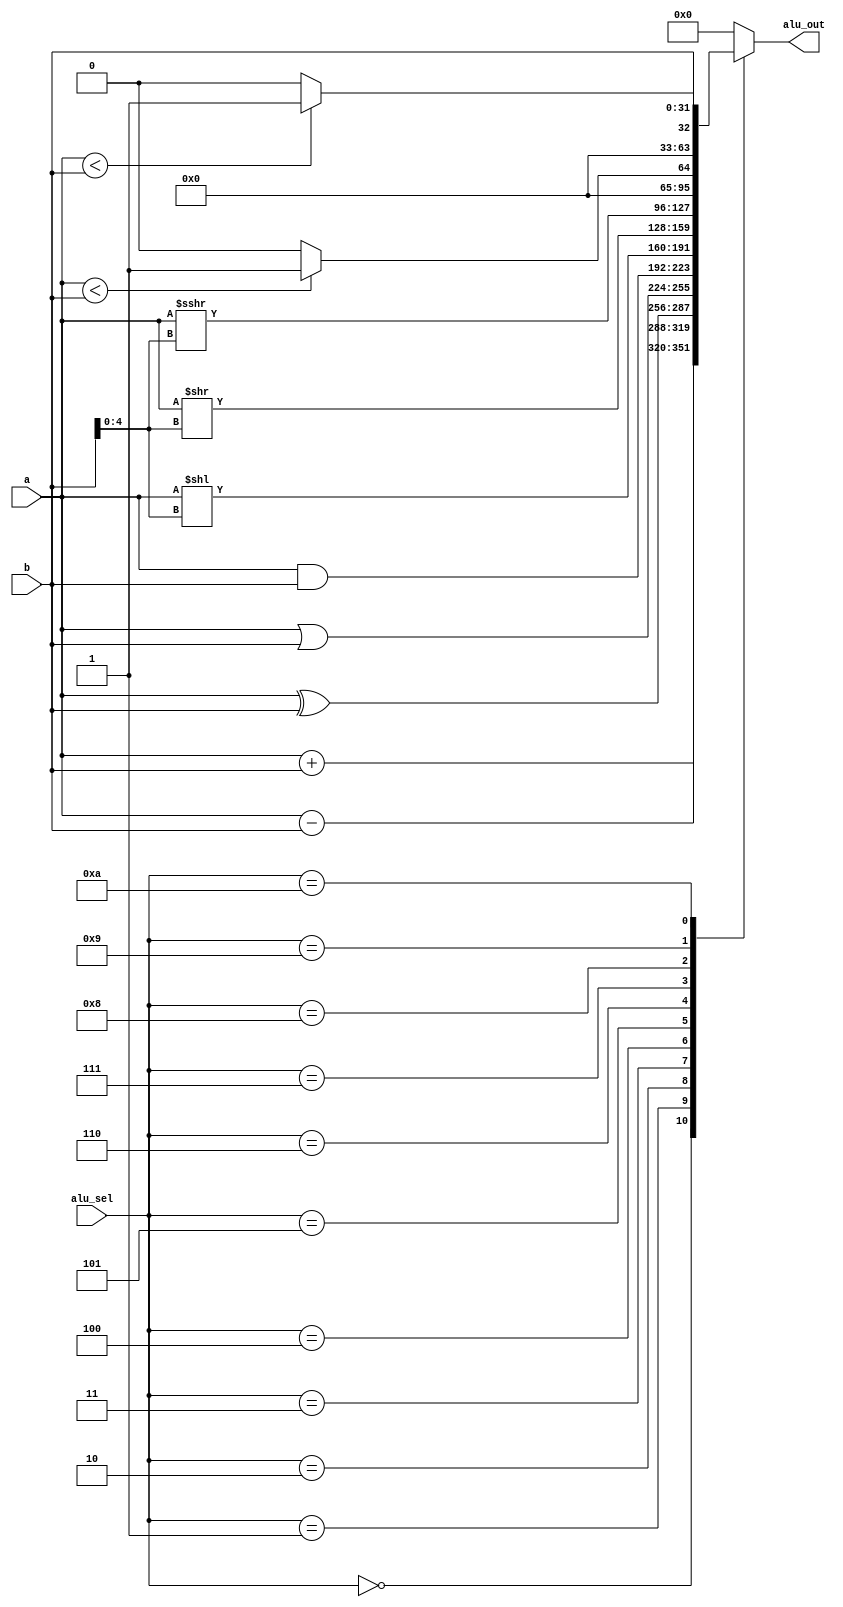
`timescale 1ns / 1ps
//////////////////////////////////////////////////////////////////////////////////
// Company: 
// Engineer: 
// 
// Design Name: 
// Module Name: alu
// Project Name: 
// Target Devices: 
// Tool Versions: 
// Description: 
// 
// Dependencies: 
// 
// Revision:
// Revision 0.01 - File Created
// Additional Comments:
// 
//////////////////////////////////////////////////////////////////////////////////


module alu(
    input [31:0] a,b,
    input [3:0] alu_sel,
    output reg [31:0] alu_out
    );
    
    always @(*)begin
    case(alu_sel)
    4'b0000: alu_out = a + b;        //add
    4'b0001: alu_out = a - b;        //sub
    4'b0010: alu_out = a ^ b;        //xor
    4'b0011: alu_out = a | b;        //or
    4'b0100: alu_out = a & b;        //and
    4'b0101: alu_out = a << b[4:0];  //logical shift left
    4'b0110: alu_out = a >> b[4:0];  //logical shift right
    4'b0111: alu_out = a >>> b[4:0]; //arithmetic shift right
    4'b1000: alu_out = a < b ? 32'd1 : 32'd0;  //set less than unsigned
    4'b1001: alu_out = ($signed(a) < $signed(b)) ? 32'd1 : 32'd0;  //set less than signed
    4'b1010: alu_out = b;            //lui instruction
    default: alu_out = 0;
    endcase
    
    end
endmodule